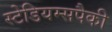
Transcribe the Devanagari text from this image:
स्टेडियम्सपैकी